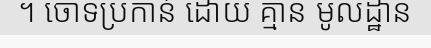
។ ចោទប្រកាន់ ដោយ គ្មាន មូលដ្ឋាន